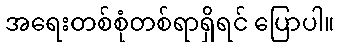
အရေးတစ်စုံတစ်ရာရှိရင် ပြောပါ။